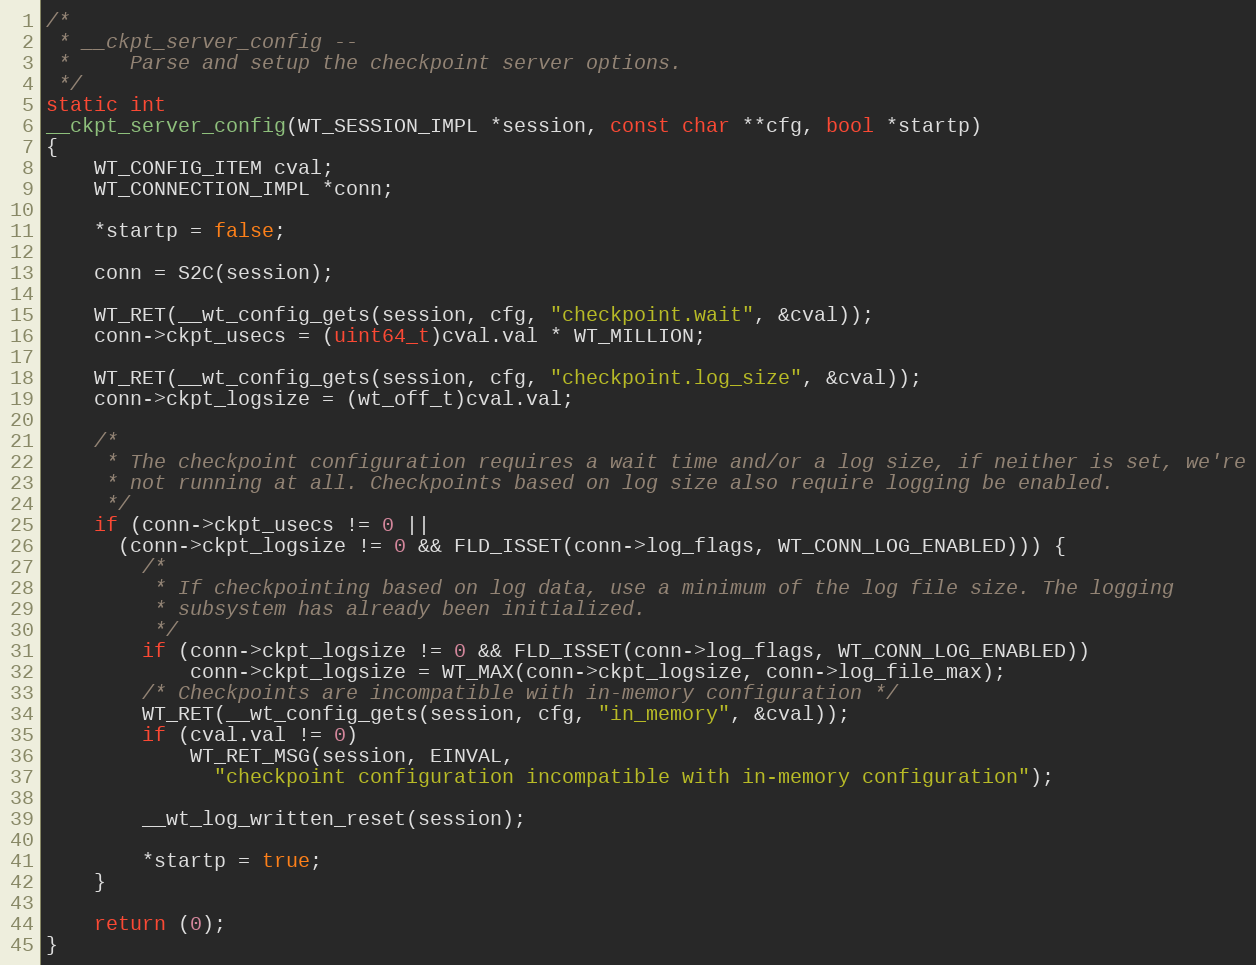
Language: C
/*
 * __ckpt_server_config --
 *     Parse and setup the checkpoint server options.
 */
static int
__ckpt_server_config(WT_SESSION_IMPL *session, const char **cfg, bool *startp)
{
    WT_CONFIG_ITEM cval;
    WT_CONNECTION_IMPL *conn;

    *startp = false;

    conn = S2C(session);

    WT_RET(__wt_config_gets(session, cfg, "checkpoint.wait", &cval));
    conn->ckpt_usecs = (uint64_t)cval.val * WT_MILLION;

    WT_RET(__wt_config_gets(session, cfg, "checkpoint.log_size", &cval));
    conn->ckpt_logsize = (wt_off_t)cval.val;

    /*
     * The checkpoint configuration requires a wait time and/or a log size, if neither is set, we're
     * not running at all. Checkpoints based on log size also require logging be enabled.
     */
    if (conn->ckpt_usecs != 0 ||
      (conn->ckpt_logsize != 0 && FLD_ISSET(conn->log_flags, WT_CONN_LOG_ENABLED))) {
        /*
         * If checkpointing based on log data, use a minimum of the log file size. The logging
         * subsystem has already been initialized.
         */
        if (conn->ckpt_logsize != 0 && FLD_ISSET(conn->log_flags, WT_CONN_LOG_ENABLED))
            conn->ckpt_logsize = WT_MAX(conn->ckpt_logsize, conn->log_file_max);
        /* Checkpoints are incompatible with in-memory configuration */
        WT_RET(__wt_config_gets(session, cfg, "in_memory", &cval));
        if (cval.val != 0)
            WT_RET_MSG(session, EINVAL,
              "checkpoint configuration incompatible with in-memory configuration");

        __wt_log_written_reset(session);

        *startp = true;
    }

    return (0);
}